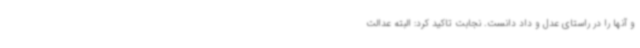
و آنها را در راستای عدل و داد دانست. نجابت تاکید کرد: البته عدالت